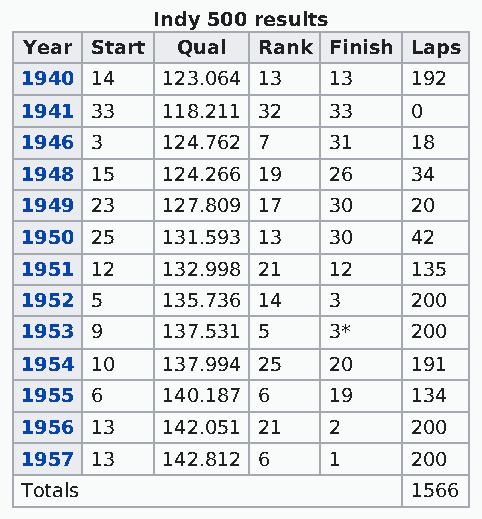
Indy 500 results
 Year Start Qual Rank Finish Laps
 1940 14   123.064 13 13   192
 1941 33   118.211 32 33   0
 1946 3    124.762 7  31   18
 1948 15   124.266 19 26   34
 1949 23   127.809 17 30   20
 1950 25   131.593 13 30   42
 1951 12   132.998 21 12   135
 1952 5    135.736 14 3    200
 1953 9    137.531 5  3*   200
 1954 10   137.994 25 20   191
 1955 6    140.187 6  19   134
 1956 13   142.051 21 2    200
 1957 13   142.812 6  1    200
 Totals                    1566